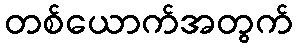
တစ်ယောက်အတွက်